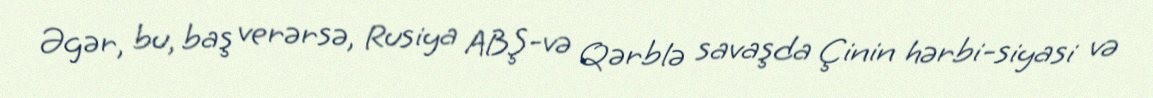
Əgər, bu, baş verərsə, Rusiya ABŞ-və Qərblə savaşda Çinin hərbi-siyasi və